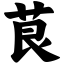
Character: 茛